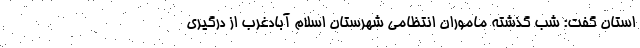
استان گفت: شب گذشته ماموران انتظامی شهرستان اسلام آبادغرب از درگیری